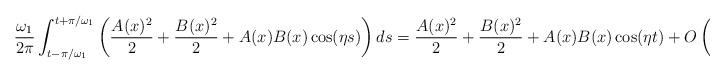
LaTeX: \begin{align*}\frac{\omega_1}{2\pi}\int_{t-\pi/\omega_1}^{t+\pi/\omega_1}\left(\frac{A(x)^2}{2} + \frac{B(x)^2}{2} + A(x)B(x) \cos(\eta s) \right)ds= \frac{A(x)^2}{2} + \frac{B(x)^2}{2} + A(x)B(x) \cos(\eta t) + O\left(\frac{\vert A(x) B(x) \eta\vert }{\omega_1}\right),\end{align*}